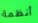
أنظمة